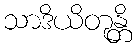
သာဒိယိတုန္တိ